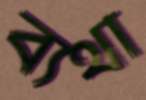
ব্যথা